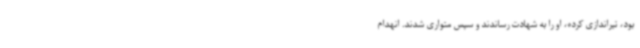
بود، تیراندازی کرده، او را به شهادت رساندند و سپس متواری شدند. انهدام